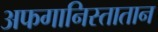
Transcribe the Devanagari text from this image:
अफगानिस्तातान